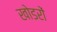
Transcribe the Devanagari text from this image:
खोडरों